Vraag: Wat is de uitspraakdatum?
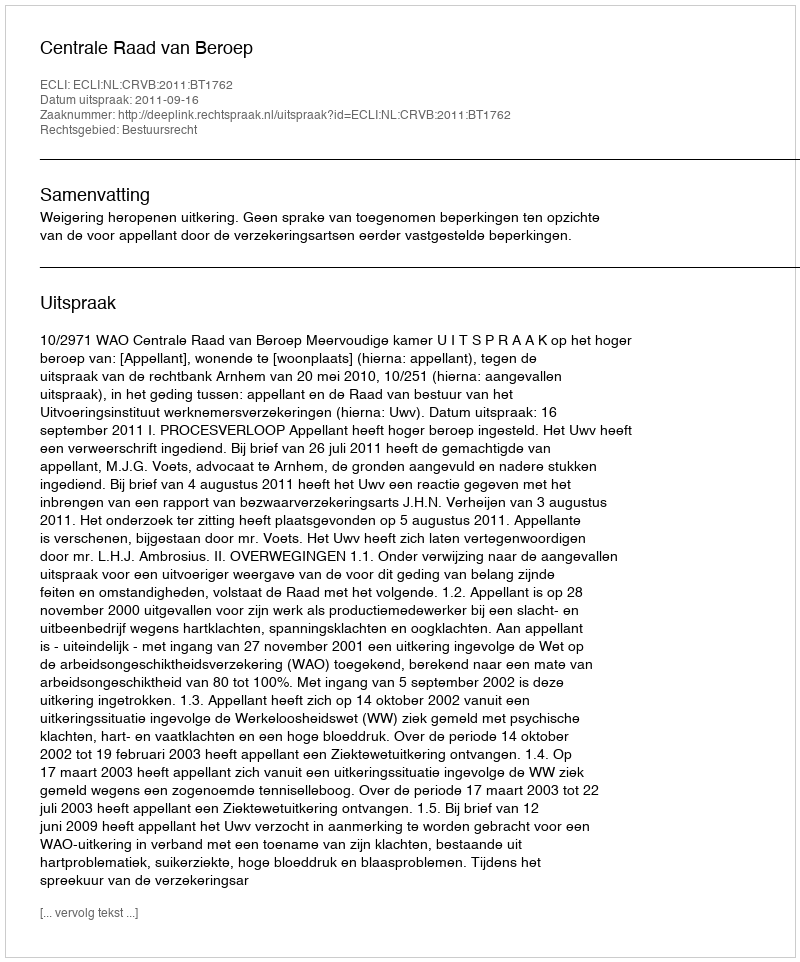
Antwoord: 2011-09-16